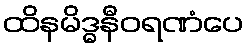
ထိနမိဒ္ဓနီဝရဏံပေ